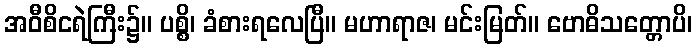
အဝီစိငရဲကြီး၌။ ပစ္စိ၊ ခံစားရလေပြီ။ မဟာရာဇ၊ မင်းမြတ်။ ဗောဓိသတ္တောပိ၊